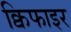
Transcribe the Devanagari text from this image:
क्विफाइर